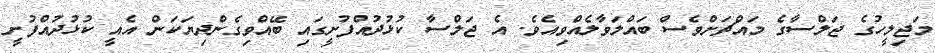
މަޖިލީހުގެ ޖަލްސާގެ މައްޗަށްވެސް ބައްލަވާލެއްވިއެވެ. އެ ޖަލްސާ ކުޅުދުއްފުށީގައި ބޭއްވިގެންދިޔަކަން އެއީ ކުޅުދުއްފުށީ